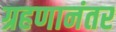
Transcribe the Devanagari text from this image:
ग्रहणानंतर